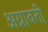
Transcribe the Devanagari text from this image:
अग्नावती